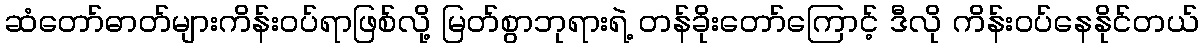
ဆံတော်ဓာတ်များကိန်းဝပ်ရာဖြစ်လို့ မြတ်စွာဘုရားရဲ့ တန်ခိုးတော်ကြောင့် ဒီလို ကိန်းဝပ်နေနိုင်တယ်